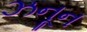
ઝનૂન